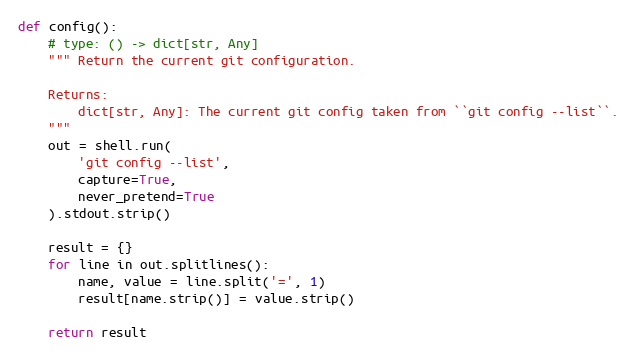
Language: Python
def config():
    # type: () -> dict[str, Any]
    """ Return the current git configuration.

    Returns:
        dict[str, Any]: The current git config taken from ``git config --list``.
    """
    out = shell.run(
        'git config --list',
        capture=True,
        never_pretend=True
    ).stdout.strip()

    result = {}
    for line in out.splitlines():
        name, value = line.split('=', 1)
        result[name.strip()] = value.strip()

    return result